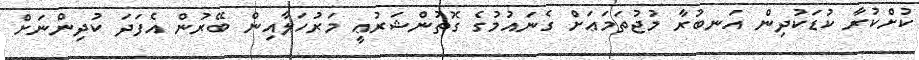
ކުށްކުރާ ކުޑަކުދިން އަނބުރާ މުޖުތަމަޢަށް ގެނައުމުގެ ގޮތުންޝަރުޢީ މަރުހަލާއިން ބޭރުން އެފަދަ ކުދިންނަށް